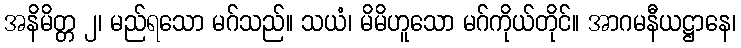
အနိမိတ္တ ၂၊ မည်ရသော မဂ်သည်။ သယံ၊ မိမိဟူသော မဂ်ကိုယ်တိုင်။ အာဂမနီယဋ္ဌာနေ၊